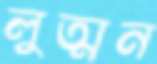
লুত্মন